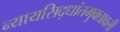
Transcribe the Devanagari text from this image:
न्यायसिद्धांतमुक्तावली